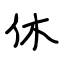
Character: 休